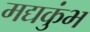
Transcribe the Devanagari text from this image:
मद्यकुंभ